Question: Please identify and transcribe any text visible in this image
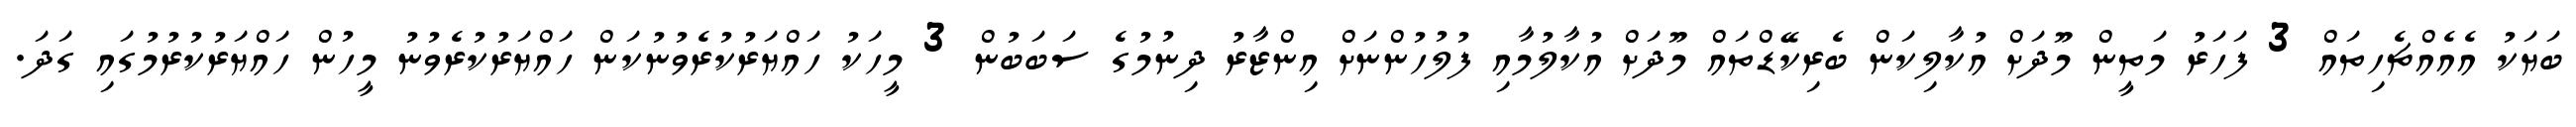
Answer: ބަޔަކު އެއެއްޗެހިތައް 3 ފަހަރު މަތީން މޫދަށް އުކާލިކަން ބެރިކޭޑްތައް މޫދަށް އުކާލުމާއި ފުލުހުންނަށް އިންޒާރު ދިނުމުގެ ސަބަބުން 3 މީހަކު ހައްޔަރުކުރެވުނުކަން ހައްޔަރުކުރެވުނު މީހުން ހައްޔަރުކުރުމުގައި ގަދަ.